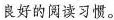
良好的阅读习惯。